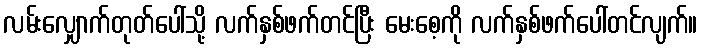
လမ်းလျှောက်တုတ်ပေါ်သို့ လက်နှစ်ဖက်တင်ပြီး မေးစေ့ကို လက်နှစ်ဖက်ပေါ်တင်လျက်။